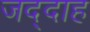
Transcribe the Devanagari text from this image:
जद्दाह